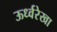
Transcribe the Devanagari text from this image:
ऊर्ध्वरेखा